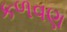
કળવણ